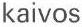
kaivos